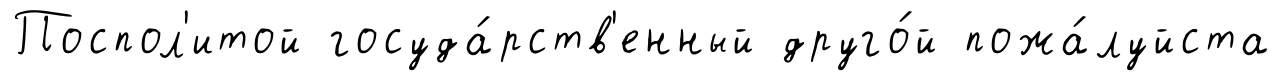
Поспол'итой госуда́рств'енный друго́й пожа́луйста